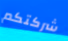
شركتكم